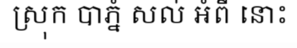
ស្រុក បាភ្នំ សល់ អំពី នោះ